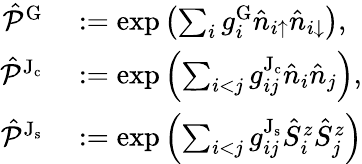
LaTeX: \begin{array}{rl}{\hat{\mathcal{P}}^{\mathrm{G}}}&{{}:=\exp\left(\sum_{i}g_{i}^{\mathrm{G}}\hat{n}_{i{\uparrow}}\hat{n}_{i{\downarrow}}\right),}\\ {\hat{\mathcal{P}}^{\mathrm{J_{c}}}}&{{}:=\exp\left(\sum_{i<j}g_{ij}^{\mathrm{J_{c}}}\hat{n}_{i}\hat{n}_{j}\right),}\\ {\hat{\mathcal{P}}^{\mathrm{J_{s}}}}&{{}:=\exp\left(\sum_{i<j}g_{ij}^{\mathrm{J_{s}}}\hat{S}_{i}^{z}\hat{S}_{j}^{z}\right)}\end{array}